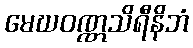
မေဃဝဏ္ဏသိရီနိဘံ